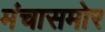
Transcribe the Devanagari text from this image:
मंचासमोर